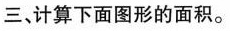
三、计算下面图形的面积。